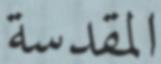
المقدسة